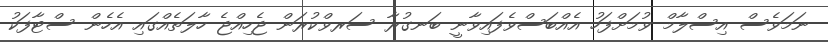
ނަމަވެސް އިސްލާމް ވުމަށްފަހު އެއްބަސްވެފައިވާނީ ބަނގުރާ ސަރވްކުރަން ޖެހިއްޖެ ހާލަތެއްގައި އެހެން ސްޓާފަކު